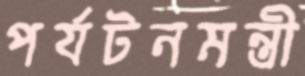
পর্যটনমন্ত্রী